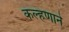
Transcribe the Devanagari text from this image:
कल्हणाने